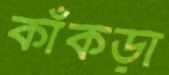
কাঁকড়া